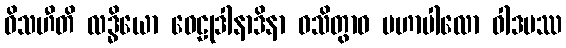
ဝိသဟီတိ လဒ္ဓိယော ဝေဠုဒါနာဒိနာ ဝသိတွာဝ မဟာပါလော ဝါဒမဿ